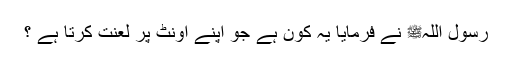
رسول اللہﷺ نے فرمایا یہ کون ہے جو اپنے اونٹ پر لعنت کرتا ہے ؟